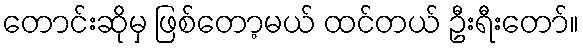
တောင်းဆိုမှ ဖြစ်တော့မယ် ထင်တယ် ဦးရီးတော်။